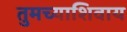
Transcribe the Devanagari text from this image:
तुमच्याशिवाय